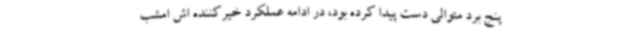
پنج برد متوالی دست پیدا کرده بود، در ادامه عملکرد خیرکننده اش امشب